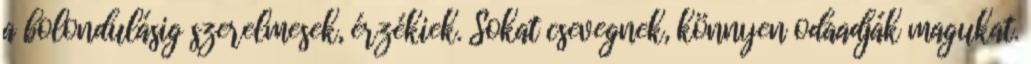
a bolondulásig szerelmesek, érzékiek. Sokat csevegnek, könnyen odaadják magukat.